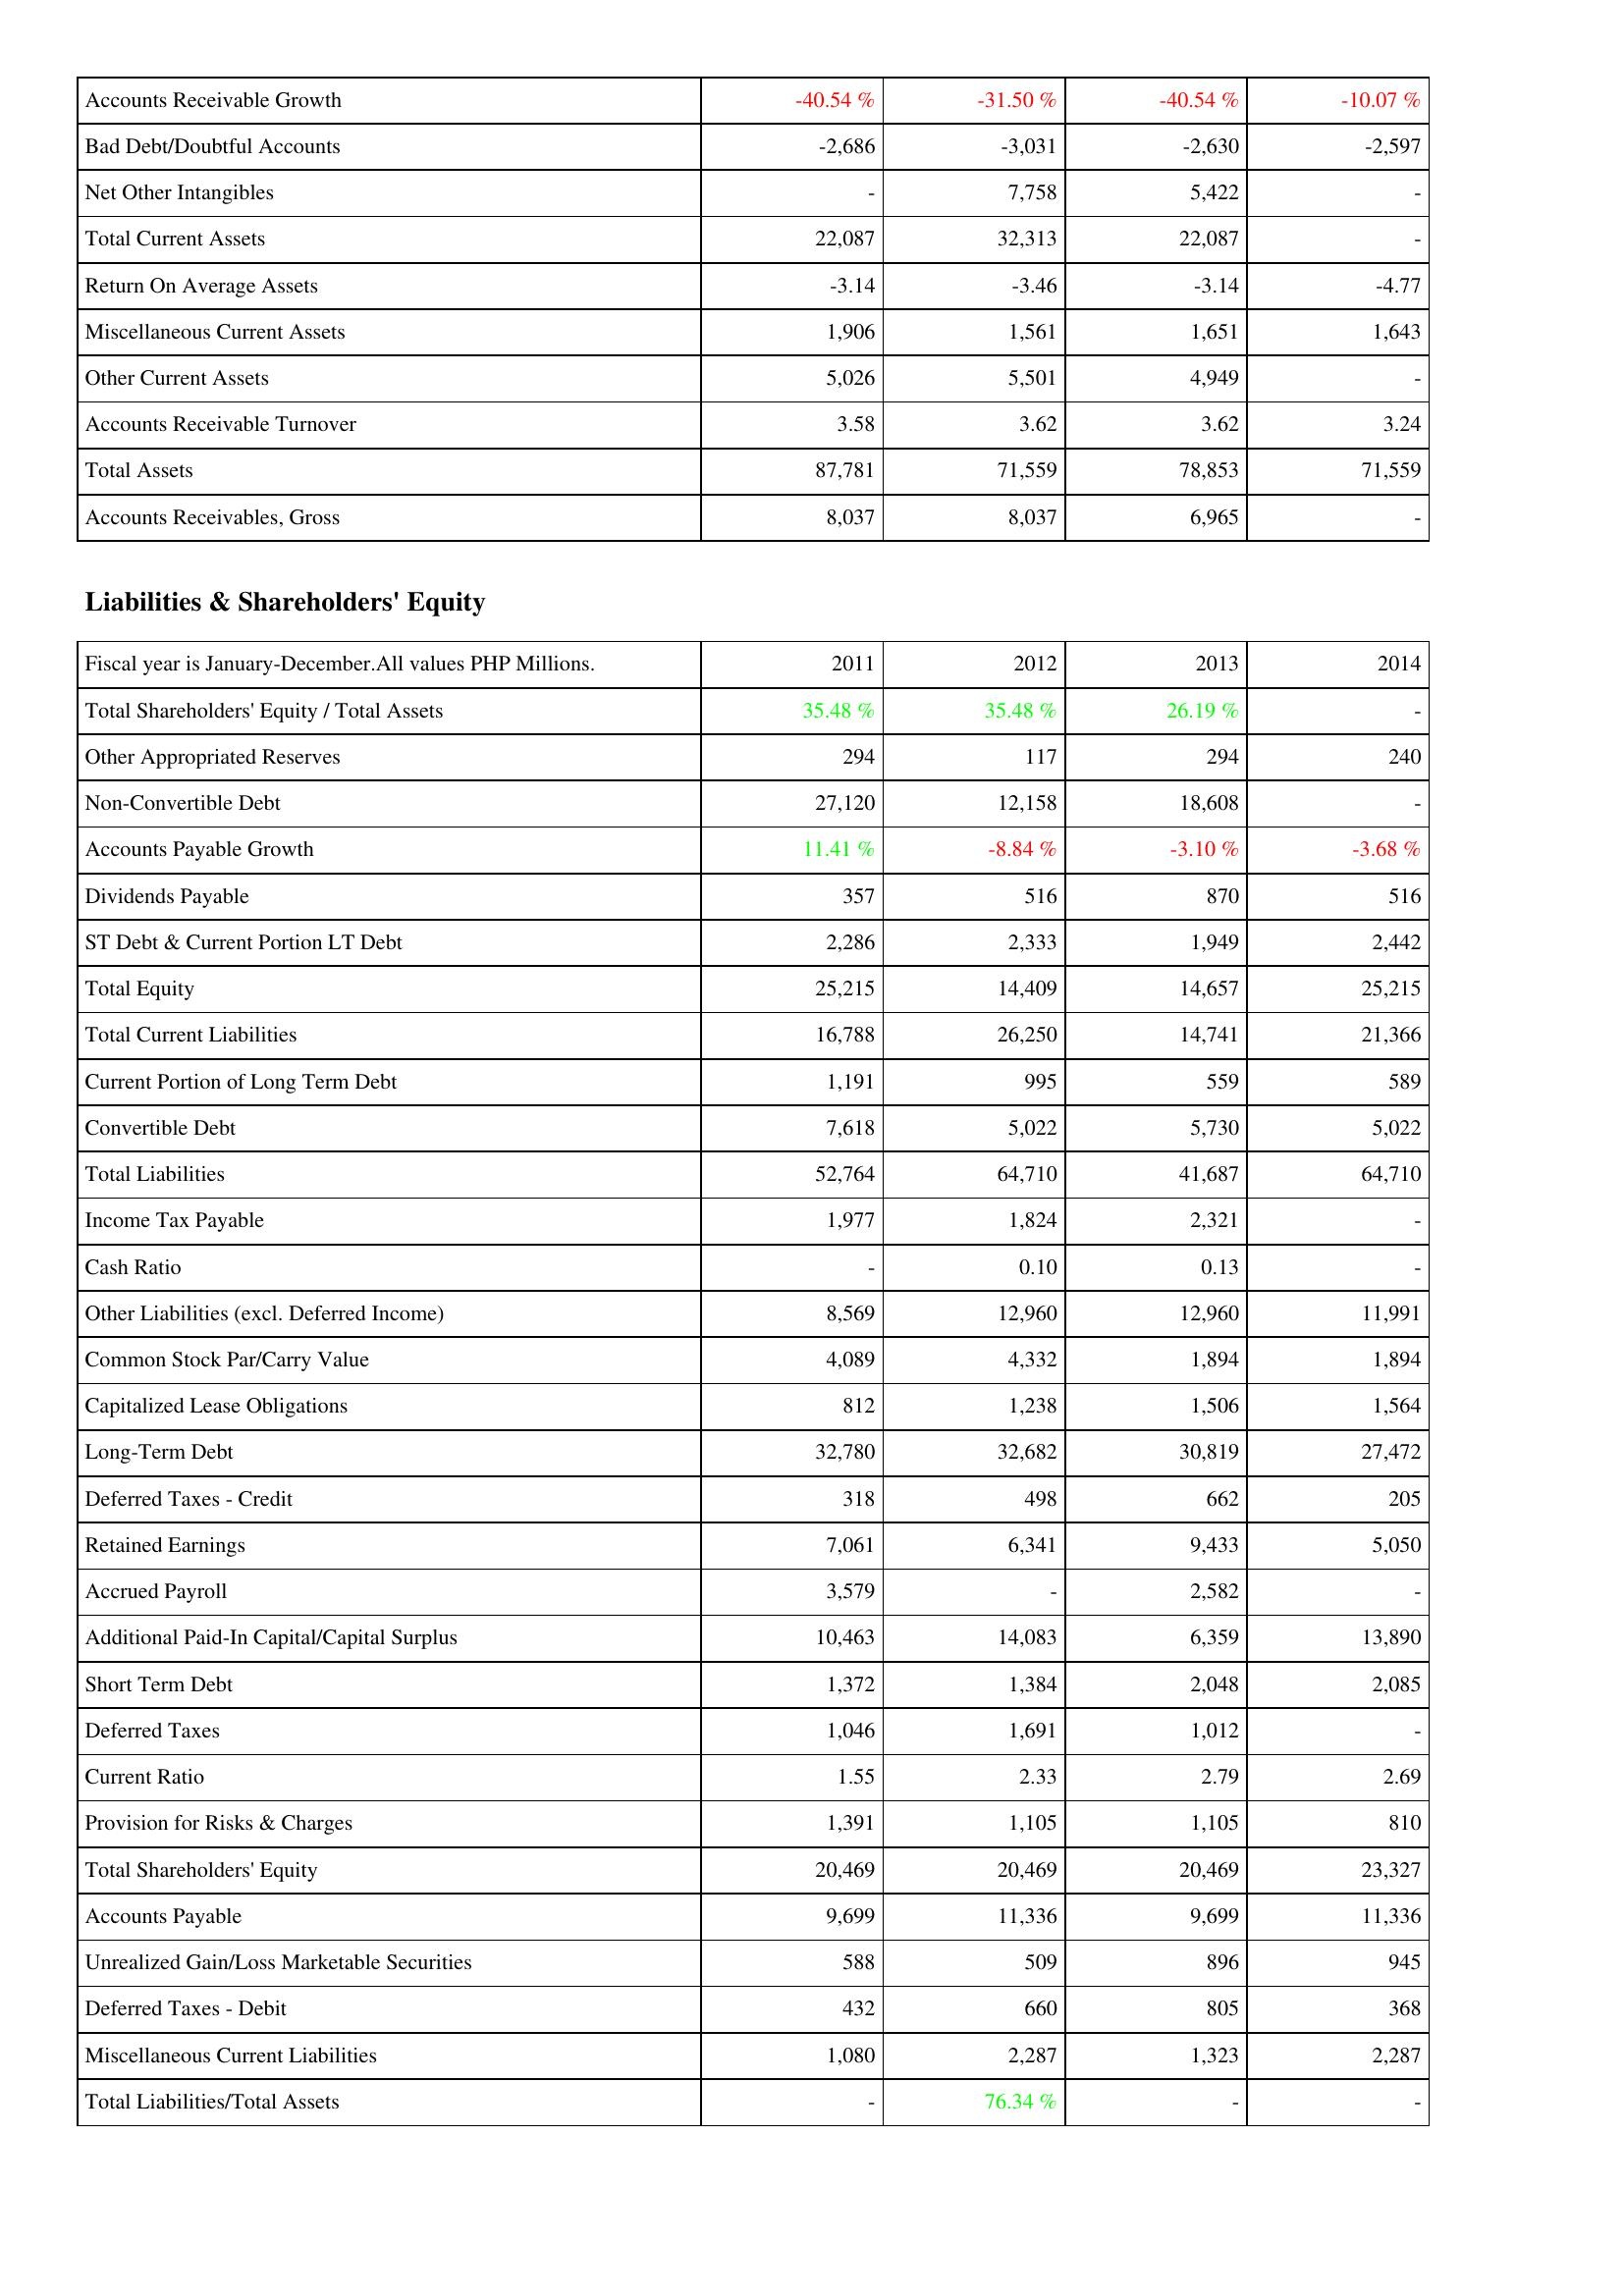
2011: Assets: Accounts Receivable Growth: -40.54 %
Bad Debt/Doubtful Accounts: -2,686
Net Other Intangibles: -
Total Current Assets: 22,087
Return On Average Assets: -3.14
Miscellaneous Current Assets: 1,906
Other Current Assets: 5,026
Accounts Receivable Turnover: 3.58
Total Assets: 87,781
Accounts Receivables, Gross: 8,037
Liabilities & Shareholders' Equity: Total Shareholders' Equity / Total Assets: 35.48 %
Other Appropriated Reserves: 294
Non-Convertible Debt: 27,120
Accounts Payable Growth: 11.41 %
Dividends Payable: 357
ST Debt & Current Portion LT Debt: 2,286
Total Equity: 25,215
Total Current Liabilities: 16,788
Current Portion of Long Term Debt: 1,191
Convertible Debt: 7,618
Total Liabilities: 52,764
Income Tax Payable: 1,977
Cash Ratio: -
Other Liabilities (excl. Deferred Income): 8,569
Common Stock Par/Carry Value: 4,089
Capitalized Lease Obligations: 812
Long-Term Debt: 32,780
Deferred Taxes - Credit: 318
Retained Earnings: 7,061
Accrued Payroll: 3,579
Additional Paid-In Capital/Capital Surplus: 10,463
Short Term Debt: 1,372
Deferred Taxes: 1,046
Current Ratio: 1.55
Provision for Risks & Charges: 1,391
Total Shareholders' Equity: 20,469
Accounts Payable: 9,699
Unrealized Gain/Loss Marketable Securities: 588
Deferred Taxes - Debit: 432
Miscellaneous Current Liabilities: 1,080
Total Liabilities/Total Assets: -
2012: Assets: Accounts Receivable Growth: -31.50 %
Bad Debt/Doubtful Accounts: -3,031
Net Other Intangibles: 7,758
Total Current Assets: 32,313
Return On Average Assets: -3.46
Miscellaneous Current Assets: 1,561
Other Current Assets: 5,501
Accounts Receivable Turnover: 3.62
Total Assets: 71,559
Accounts Receivables, Gross: 8,037
Liabilities & Shareholders' Equity: Total Shareholders' Equity / Total Assets: 35.48 %
Other Appropriated Reserves: 117
Non-Convertible Debt: 12,158
Accounts Payable Growth: -8.84 %
Dividends Payable: 516
ST Debt & Current Portion LT Debt: 2,333
Total Equity: 14,409
Total Current Liabilities: 26,250
Current Portion of Long Term Debt: 995
Convertible Debt: 5,022
Total Liabilities: 64,710
Income Tax Payable: 1,824
Cash Ratio: 0.10
Other Liabilities (excl. Deferred Income): 12,960
Common Stock Par/Carry Value: 4,332
Capitalized Lease Obligations: 1,238
Long-Term Debt: 32,682
Deferred Taxes - Credit: 498
Retained Earnings: 6,341
Accrued Payroll: -
Additional Paid-In Capital/Capital Surplus: 14,083
Short Term Debt: 1,384
Deferred Taxes: 1,691
Current Ratio: 2.33
Provision for Risks & Charges: 1,105
Total Shareholders' Equity: 20,469
Accounts Payable: 11,336
Unrealized Gain/Loss Marketable Securities: 509
Deferred Taxes - Debit: 660
Miscellaneous Current Liabilities: 2,287
Total Liabilities/Total Assets: 76.34 %
2013: Assets: Accounts Receivable Growth: -40.54 %
Bad Debt/Doubtful Accounts: -2,630
Net Other Intangibles: 5,422
Total Current Assets: 22,087
Return On Average Assets: -3.14
Miscellaneous Current Assets: 1,651
Other Current Assets: 4,949
Accounts Receivable Turnover: 3.62
Total Assets: 78,853
Accounts Receivables, Gross: 6,965
Liabilities & Shareholders' Equity: Total Shareholders' Equity / Total Assets: 26.19 %
Other Appropriated Reserves: 294
Non-Convertible Debt: 18,608
Accounts Payable Growth: -3.10 %
Dividends Payable: 870
ST Debt & Current Portion LT Debt: 1,949
Total Equity: 14,657
Total Current Liabilities: 14,741
Current Portion of Long Term Debt: 559
Convertible Debt: 5,730
Total Liabilities: 41,687
Income Tax Payable: 2,321
Cash Ratio: 0.13
Other Liabilities (excl. Deferred Income): 12,960
Common Stock Par/Carry Value: 1,894
Capitalized Lease Obligations: 1,506
Long-Term Debt: 30,819
Deferred Taxes - Credit: 662
Retained Earnings: 9,433
Accrued Payroll: 2,582
Additional Paid-In Capital/Capital Surplus: 6,359
Short Term Debt: 2,048
Deferred Taxes: 1,012
Current Ratio: 2.79
Provision for Risks & Charges: 1,105
Total Shareholders' Equity: 20,469
Accounts Payable: 9,699
Unrealized Gain/Loss Marketable Securities: 896
Deferred Taxes - Debit: 805
Miscellaneous Current Liabilities: 1,323
Total Liabilities/Total Assets: -
2014: Assets: Accounts Receivable Growth: -10.07 %
Bad Debt/Doubtful Accounts: -2,597
Net Other Intangibles: -
Total Current Assets: -
Return On Average Assets: -4.77
Miscellaneous Current Assets: 1,643
Other Current Assets: -
Accounts Receivable Turnover: 3.24
Total Assets: 71,559
Accounts Receivables, Gross: -
Liabilities & Shareholders' Equity: Total Shareholders' Equity / Total Assets: -
Other Appropriated Reserves: 240
Non-Convertible Debt: -
Accounts Payable Growth: -3.68 %
Dividends Payable: 516
ST Debt & Current Portion LT Debt: 2,442
Total Equity: 25,215
Total Current Liabilities: 21,366
Current Portion of Long Term Debt: 589
Convertible Debt: 5,022
Total Liabilities: 64,710
Income Tax Payable: -
Cash Ratio: -
Other Liabilities (excl. Deferred Income): 11,991
Common Stock Par/Carry Value: 1,894
Capitalized Lease Obligations: 1,564
Long-Term Debt: 27,472
Deferred Taxes - Credit: 205
Retained Earnings: 5,050
Accrued Payroll: -
Additional Paid-In Capital/Capital Surplus: 13,890
Short Term Debt: 2,085
Deferred Taxes: -
Current Ratio: 2.69
Provision for Risks & Charges: 810
Total Shareholders' Equity: 23,327
Accounts Payable: 11,336
Unrealized Gain/Loss Marketable Securities: 945
Deferred Taxes - Debit: 368
Miscellaneous Current Liabilities: 2,287
Total Liabilities/Total Assets: -